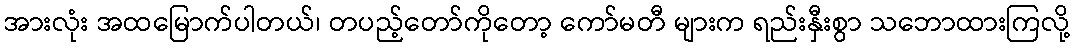
အားလုံး အထမြောက်ပါတယ်၊ တပည့်တော်ကိုတော့ ကော်မတီ များက ရည်းနှီးစွာ သဘောထားကြလို့